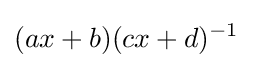
(ax+b)(cx+d)^{-1}